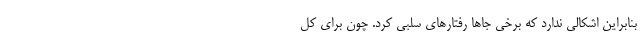
بنابراین اشکالی ندارد که برخی جاها رفتارهای سلبی کرد. چون برای کل